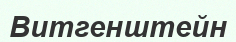
Витгенштейн